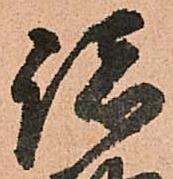
諸